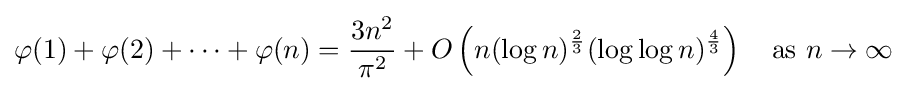
\varphi (1)+\varphi (2)+\cdots +\varphi (n)={\frac {3n^{2}}{\pi ^{2}}}+O\left(n(\log n)^{\frac {2}{3}}(\log \log n)^{\frac {4}{3}}\right)\quad {\text{as }}n\rightarrow \infty